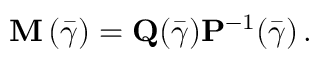
{ \bf M } \left( \bar { \boldsymbol { \gamma } } \right) = { \bf Q } ( \bar { \boldsymbol { \gamma } } ) { \bf P } ^ { - 1 } ( \bar { \boldsymbol { \gamma } } ) \, .